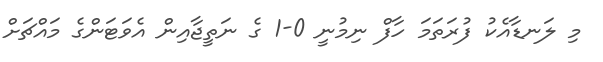
މި ލަނޑާއެކު ފުރަތަމަ ހާފް ނިމުނީ 0-1 ގެ ނަތީޖާއިން އެވަޓަންގެ މައްޗަށް